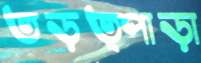
তড়ত্পাড়া